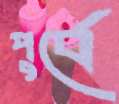
পুর্বে